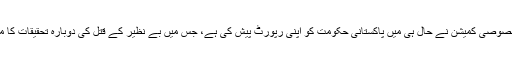
اقوام متحدہ کے خصوصی کمیشن نے حال ہی میں پاکستانی حکومت کو اپنی رپورٹ پیش کی ہے، جس میں بے نظیر کے قتل کی دوبارہ تحقیقات کا مشورہ دیا گیا ہے۔